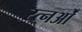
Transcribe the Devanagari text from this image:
रत्नओं